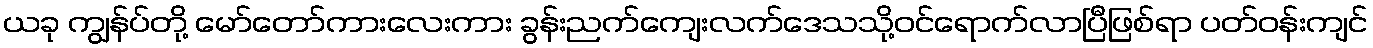
ယခု ကျွန်ပ်တို့ မော်တော်ကားလေးကား ခွန်းညက်ကျေးလက်ဒေသသို့ဝင်ရောက်လာပြီဖြစ်ရာ ပတ်ဝန်းကျင်